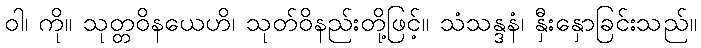
ဝါ၊ ကို။ သုတ္တဝိနယေဟိ၊ သုတ်ဝိနည်းတို့ဖြင့်။ သံသန္ဒနံ၊ နှီးနှောခြင်းသည်။